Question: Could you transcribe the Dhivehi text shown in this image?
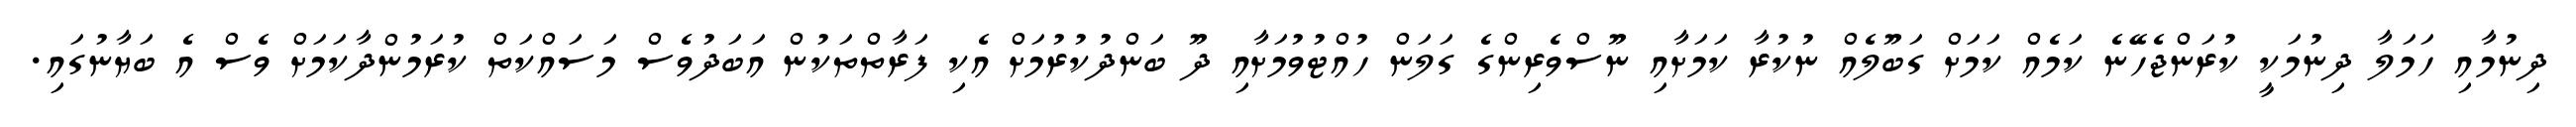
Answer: ދިނުމާއި ހަމަލާ ދިނުމަކީ ކުރަންޖެހޭނެ ކަމެއް ކަމަށް ގަބޫލެއް ނުކުރާ ކަމަށާއި ނޫސްވެރިންގެ ގަލަން ހުއްޓުވުމަށާއި ދޫ ބަންދުކުރުމަށް އެކި ފަރާތްތަކުން އަބަދުވެސް މަސައްކަތް ކުރަމުންދާކަމަށް ވެސް އެ ބަޔާނުގައި.